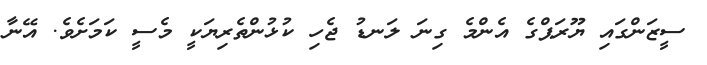
ސީޒަންގައި ޔޫރަޕްގެ އެންމެ ގިނަ ލަނޑު ޖެހި ކުޅުންތެރިޔަކީ މެސީ ކަމަށެވެ. އޭނާ